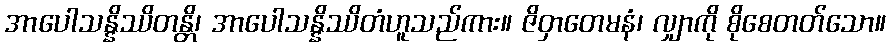
အာပေါသန္နိဿိတန္တိ၊ အာပေါသန္နိဿိတံဟူသည်ကား။ ဇိဝှာတေမနံ၊ လျှာကို စိုစေတတ်သော။